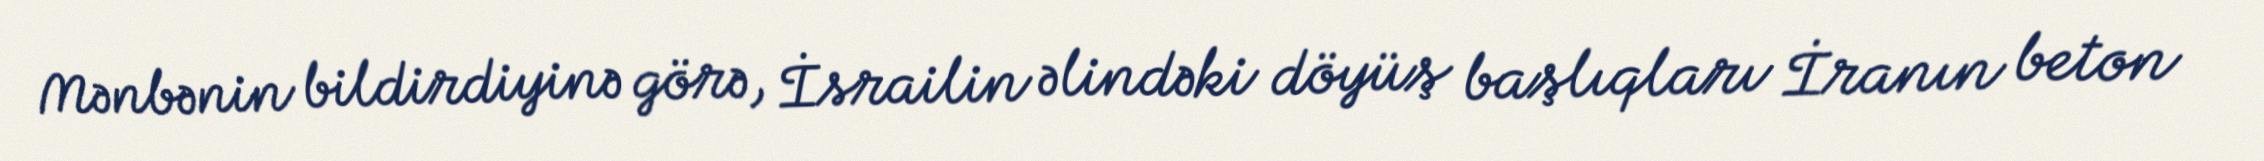
Mənbənin bildirdiyinə görə, İsrailin əlindəki döyüş başlıqları İranın beton